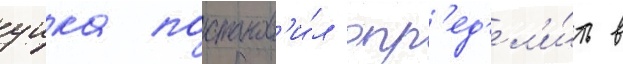
уика постанов'и́л опр'ед'ел'и́ть в